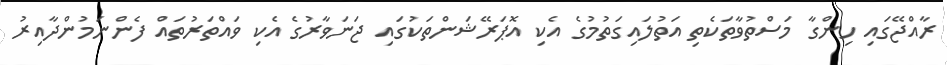
ރާއްޖޭގައި ހިންގާ މަސްތުވާތަކެތި އަތުލައިގަތުމުގެ އެކި އޮޕަރޭޝަންތަކުގައި ޖަނަވާރުގެ އެކި ވައްތަރުތައް ފެންނަމުންދާއިރު